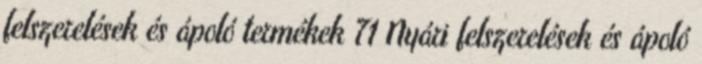
felszerelések és ápoló termékek 71 Nyári felszerelések és ápoló